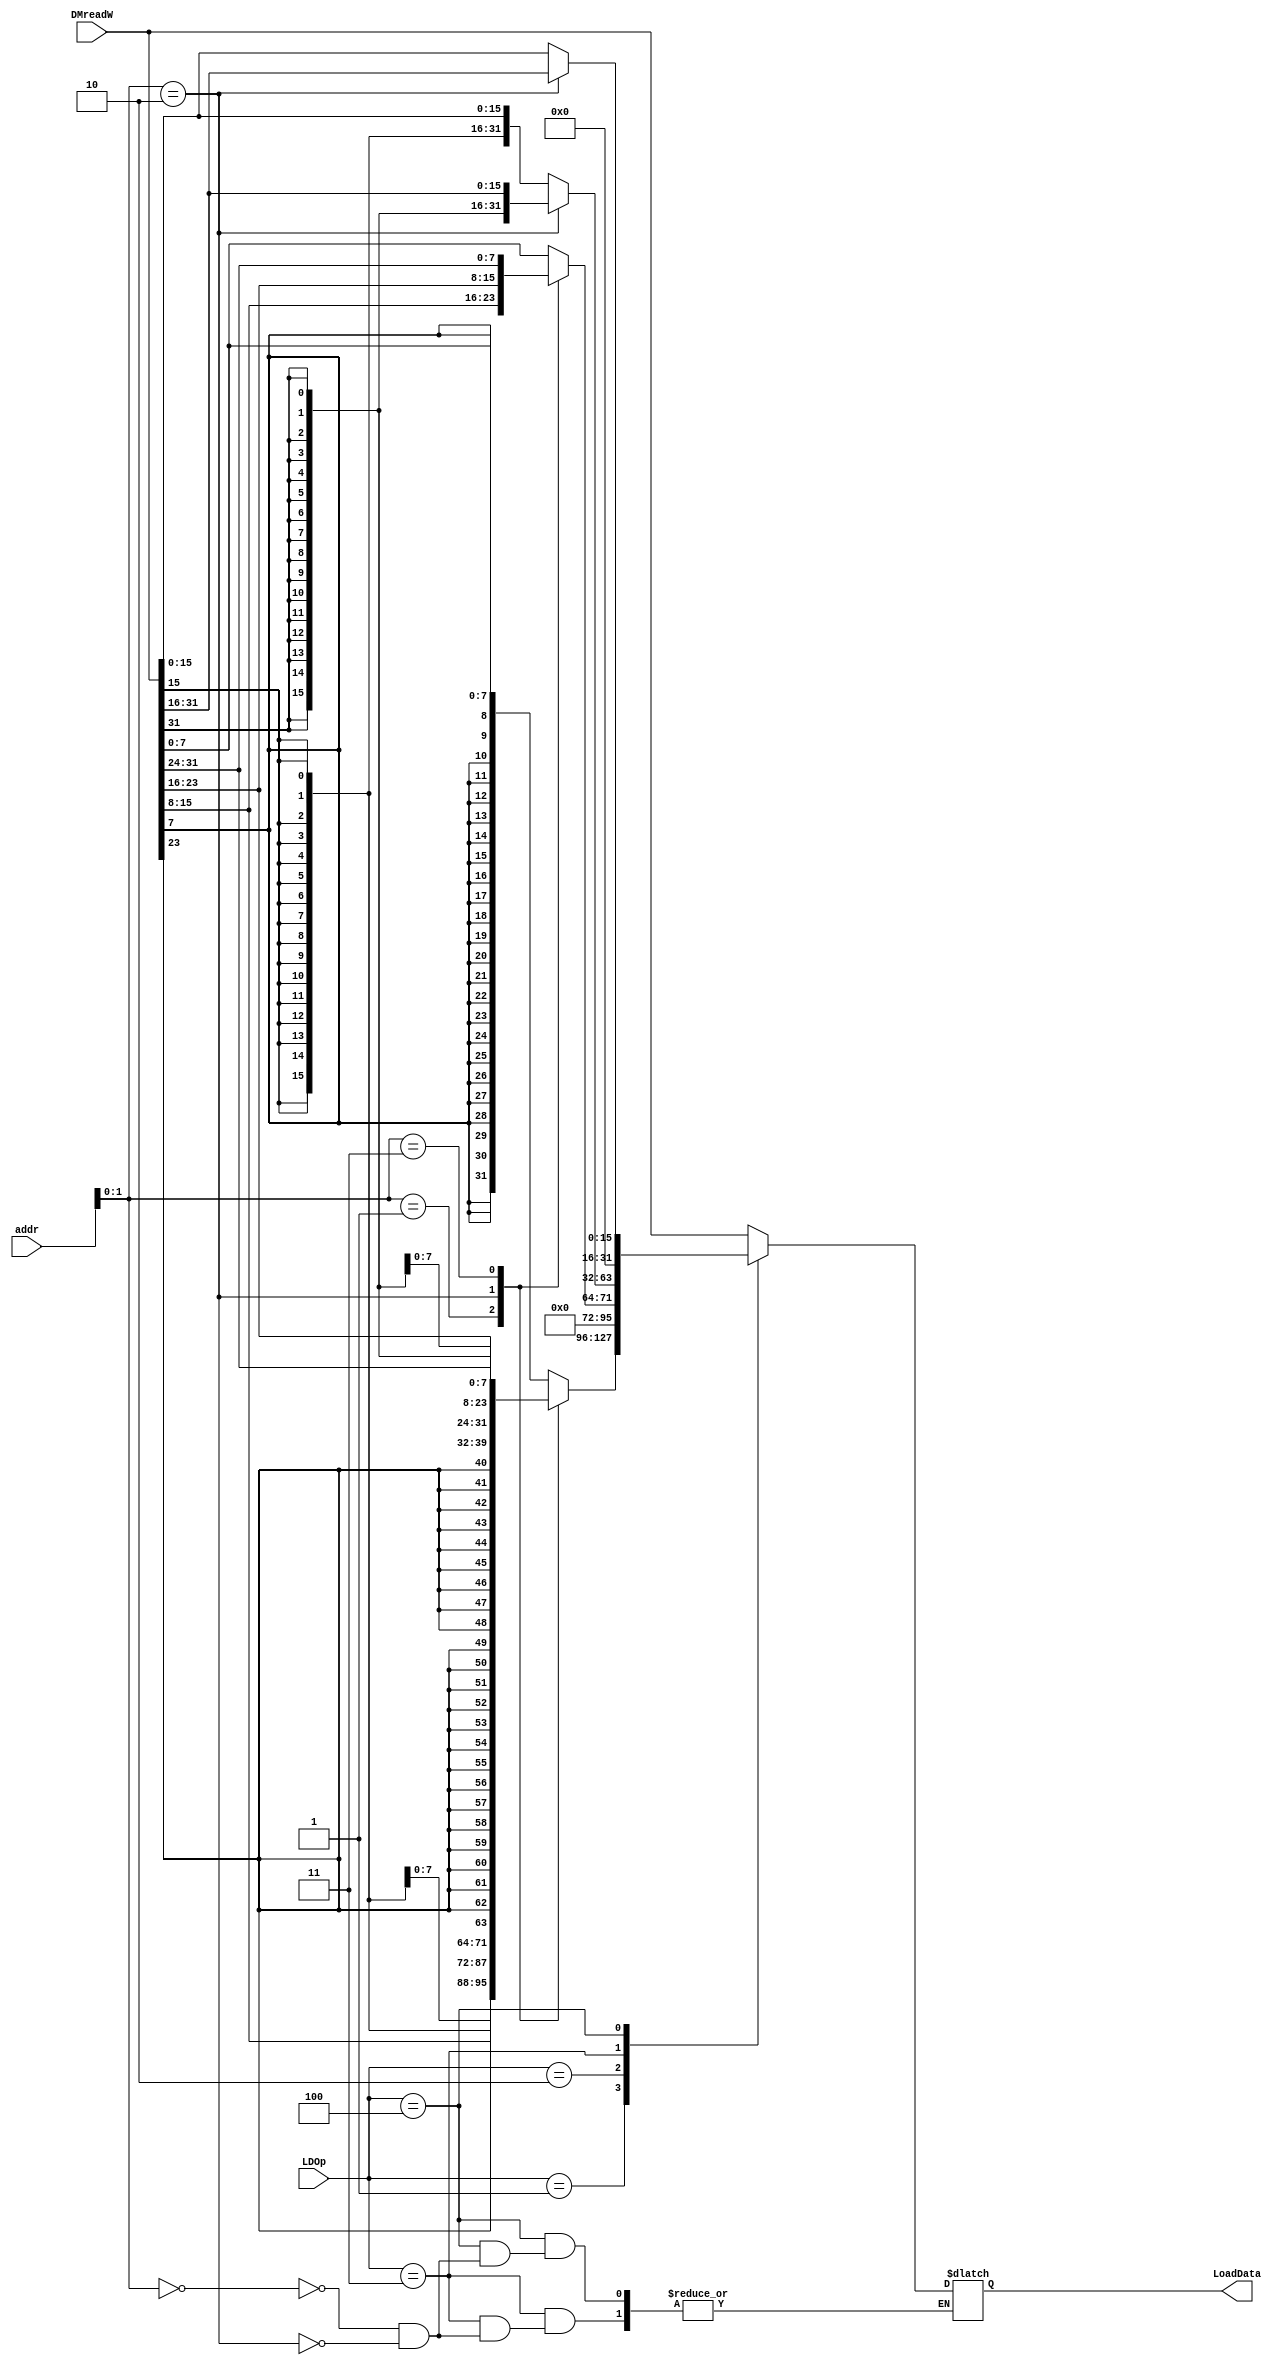
`timescale 1ns / 1ps
//////////////////////////////////////////////////////////////////////////////////
// Company: 
// Engineer: 
// 
// Design Name: 
// Module Name:    Load 
// Project Name: 
// Target Devices: 
// Tool versions: 
// Description: 
//
// Dependencies: 
//
// Revision: 
// Revision 0.01 - File Created
// Additional Comments: 
//
//////////////////////////////////////////////////////////////////////////////////
module Load(
    input [31:0] DMreadW,
	 input [31:0] addr,
    input [2:0] LDOp,
    output reg [31:0] LoadData
    );
	 
	 always@(*) begin
	     case(LDOp)
		      3'b000 : LoadData = DMreadW;  //lw
				3'b001 : begin //lb
				    case(addr[1:0])
					     2'b00 : LoadData = {{24{DMreadW[7]}},DMreadW[7:0]};
						  2'b01 : LoadData = {{24{DMreadW[15]}},DMreadW[15:8]};
						  2'b10 : LoadData = {{24{DMreadW[23]}},DMreadW[23:16]};
						  2'b11 : LoadData = {{24{DMreadW[31]}},DMreadW[31:24]};
					 endcase
				end
				3'b010 : begin //lbu
				    case(addr[1:0])
					     2'b00 : LoadData = {24'b0,DMreadW[7:0]};
						  2'b01 : LoadData = {24'b0,DMreadW[15:8]};
						  2'b10 : LoadData = {24'b0,DMreadW[23:16]};
						  2'b11 : LoadData = {24'b0,DMreadW[31:24]};
					 endcase
				end
				3'b011 : begin //lh
				    case(addr[1:0])
					     2'b00 : LoadData = {{16{DMreadW[15]}},DMreadW[15:0]};
						  2'b10 : LoadData = {{16{DMreadW[31]}},DMreadW[31:16]};
					 endcase
				end
				3'b100 : begin //lhu
				    case(addr[1:0])
					     2'b00 : LoadData = {16'b0,DMreadW[15:0]};
						  2'b10 : LoadData = {16'b0,DMreadW[31:16]};
					 endcase
				end
				default : LoadData = DMreadW;
		  endcase
	 end


endmodule